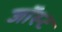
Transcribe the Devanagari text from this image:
जॉस्ट